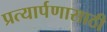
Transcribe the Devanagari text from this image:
प्रत्यार्पणासाठी